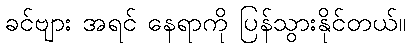
ခင်ဗျား အရင် နေရာကို ပြန်သွားနိုင်တယ်။